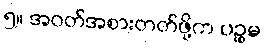
၅။ အဝတ်အစားတတ်ဖို့က ပဉ္စမ